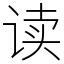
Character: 读